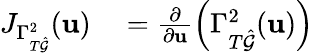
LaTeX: \begin{array}{rl}{J_{\Gamma_{T\hat{\mathcal{G}}}^{2}}(\mathbf{u})}&{{}=\frac{\partial}{\partial\mathbf{u}}\left(\Gamma_{T\hat{\mathcal{G}}}^{2}(\mathbf{u})\right)}\end{array}